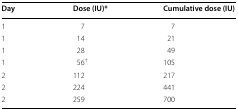
| Day | Dose (IU)* | Cumulative dose (IU) |
 | --- | --- | --- |
 | 1 | 7 | 7 |
 | 1 | 14 | 21 |
 | 1 | 28 | 49 |
 | 1 | 56† | 105 |
 | 2 | 112 | 217 |
 | 2 | 224 | 441 |
 | 2 | 259 | 700 |